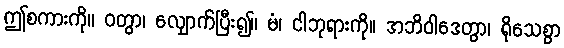
ဤစကားကို။ ဝတွာ၊ လျှောက်ပြီး၍။ မံ၊ ငါဘုရားကို။ အဘိဝါဒေတွာ၊ ရိုသေစွာ